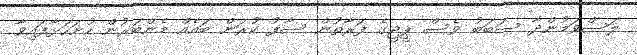
ލަސްވަމުންދާ ސަބަބު ވެސް ޕީޖީގެ ފަރާތުން ސާފު ކުރަން ބައެއް މެންބަރުން ހުށަހަޅާފައިވާ